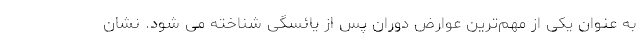
به عنوان یکی از مهم‌ترین عوارض دوران پس از یائسگی شناخته می شود. نشان